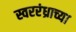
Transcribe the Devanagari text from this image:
स्वररंध्राच्या